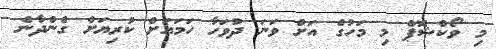
މި ވޯކްޝޮޕް މި މަހުގެ އަށް ވަނަ ދުވަހާ ހަމައަށް ކުރިޔަށް ގެންދާނެ